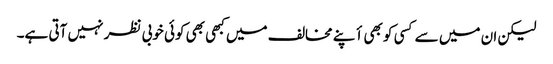
لیکن ان میں سے کسی کو بھی أپنے مخالف میں کبھی بھی کوئی خوبی نظر نہیں آتی ہے۔